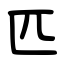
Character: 匹